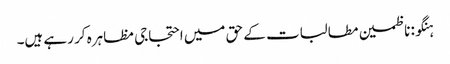
ہنگو: ناظمین مطالبات کے حق میں احتجاجی مظاہرہ کر رہے ہیں۔